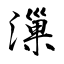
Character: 漅